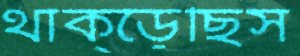
থাক্‌ড়েছিস